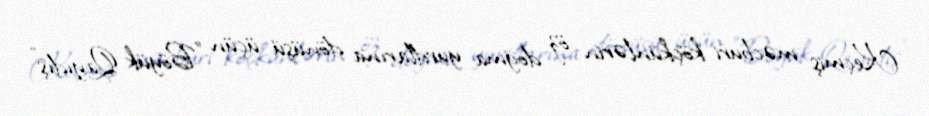
Keçmiş məcburi köçkünlərin öz doğma yurdlarına dönüşü üçün "Böyük Qayıdış"